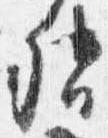
督